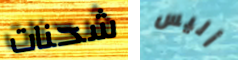
شحنات أليس